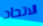
الاتحاد